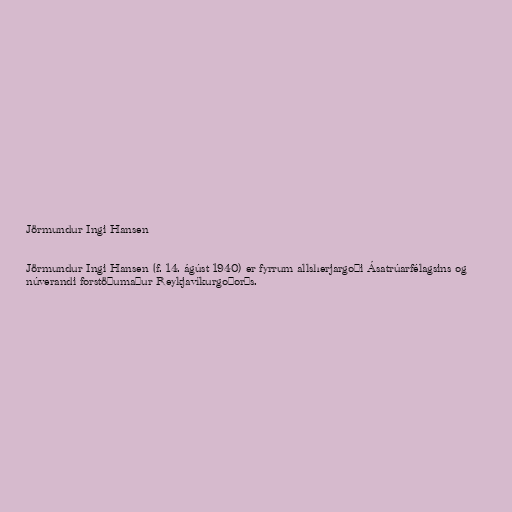
Jörmundur Ingi Hansen

Jörmundur Ingi Hansen (f. 14. ágúst 1940) er fyrrum allsherjargoði Ásatrúarfélagsins og
núverandi forstöðumaður Reykjavíkurgoðorðs.